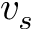
v _ { s }